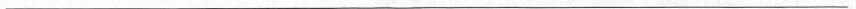
___